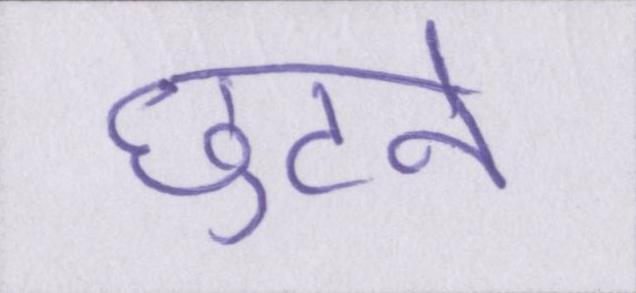
छुटने